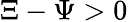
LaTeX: \Xi-\Psi>0